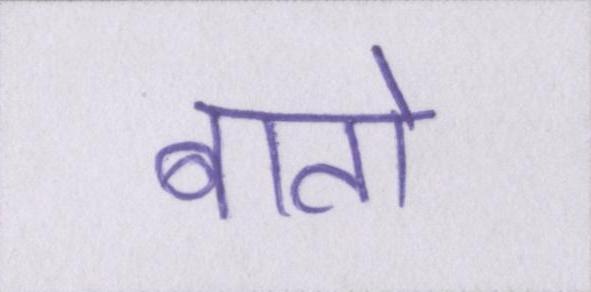
बातो